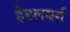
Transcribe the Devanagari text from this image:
हेडलबर्ग